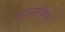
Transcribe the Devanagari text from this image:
परानाभिक